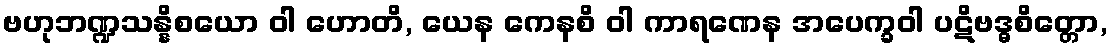
ဗဟုဘဏ္ဍသန္နိစယော ဝါ ဟောတိ, ယေန ကေနစိ ဝါ ကာရဏေန အပေက္ခဝါ ပဋိဗဒ္ဓစိတ္တော,